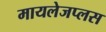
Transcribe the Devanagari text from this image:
मायलेजप्लस